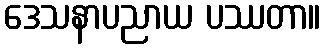
ဒေသနာပညာယ ပဿတာ။